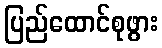
ပြည်ထောင်စုဖွား